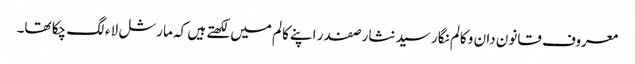
معروف قانون دان و کالم نگار سید نثار صفدر اپنے کالم میں لکھتے ہیں کہ مارشل لاء لگ چکا تھا۔